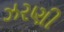
ઝરણી